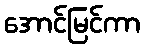
အောင်မြင်ကာ